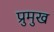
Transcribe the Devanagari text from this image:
प्रुमुख